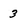
Character: 3